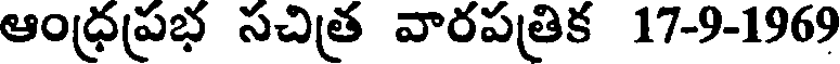
ఆంధ్రప్రభ సచిత్ర వారపత్రిక 17-9-1969